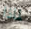
لماذا